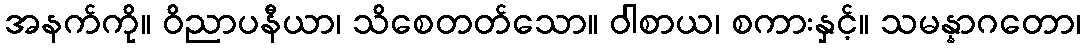
အနက်ကို။ ဝိညာပနီယာ၊ သိစေတတ်သော။ ဝါစာယ၊ စကားနှင့်။ သမန္နာဂတော၊